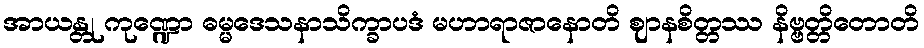
အာယန္တု ကုဏ္ဍော ဓမ္မဒေသနာသိက္ခာပဒံ မဟာရာဇာနောတိ ဈာနစိတ္တဿ နိဗ္ဗတ္တိတောတိ